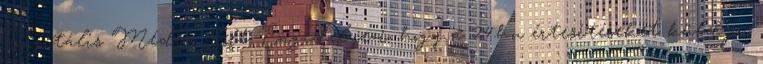
Digitális Média Kft. Engedélyezi, hogy a 24.hu értesítéseket küldjön